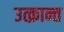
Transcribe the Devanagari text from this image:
उत्क्रान्त